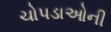
ચોપડાઓની